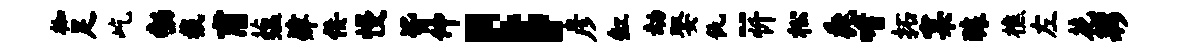
枷足屹勃截甫蕴肄佞慢皆仲；彦缸劫娶仇-忻松毳嗜拓窠醵樵左花夥